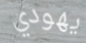
يهودي